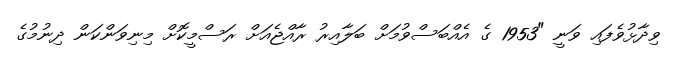
ވިދާޅުވެފައި ވަނީ "1953 ގެ އެއްބަސްވުމަށް ބަލާއިރު ރާއްޖެއަށް ރަސްމީކޮށް މިނިވަންކަން ދިނުމުގެ